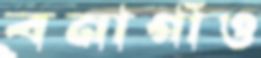
বনাগাঁও